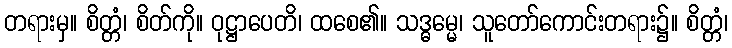
တရားမှ။ စိတ္တံ၊ စိတ်ကို။ ဝုဋ္ဌာပေတိ၊ ထစေ၏။ သဒ္ဓမ္မေ၊ သူတော်ကောင်းတရား၌။ စိတ္တံ၊